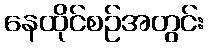
နေထိုင်စဉ်အတွင်း